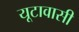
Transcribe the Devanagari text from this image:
यूटावासी